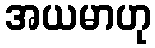
အယမာဟု